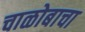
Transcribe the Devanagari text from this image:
चाळोबाचा